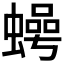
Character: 𮔵